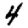
Digit: 4